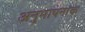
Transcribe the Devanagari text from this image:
अनुमापनांक